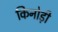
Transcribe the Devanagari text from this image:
किनोड़ी